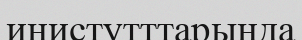
инистутттарында